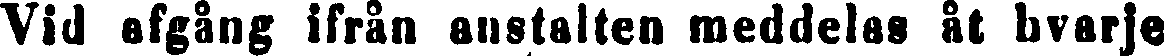
Vid afgång ifrån anstalten meddelas åt hvarje